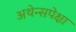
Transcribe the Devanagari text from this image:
अथेन्सपेक्षा